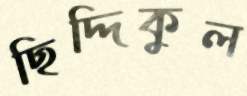
ছিদ্দিকুল